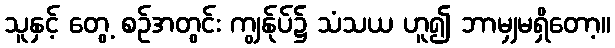
သူနှင့် တွေ့ စဉ်အတွင်း ကျွန်ုပ်၌ သံသယ ဟူ၍ ဘာမျှမရှိတော့။